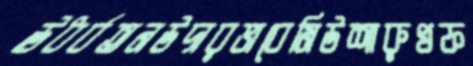
ঊধর্বতনউদারভাবেমিউশারুখফ